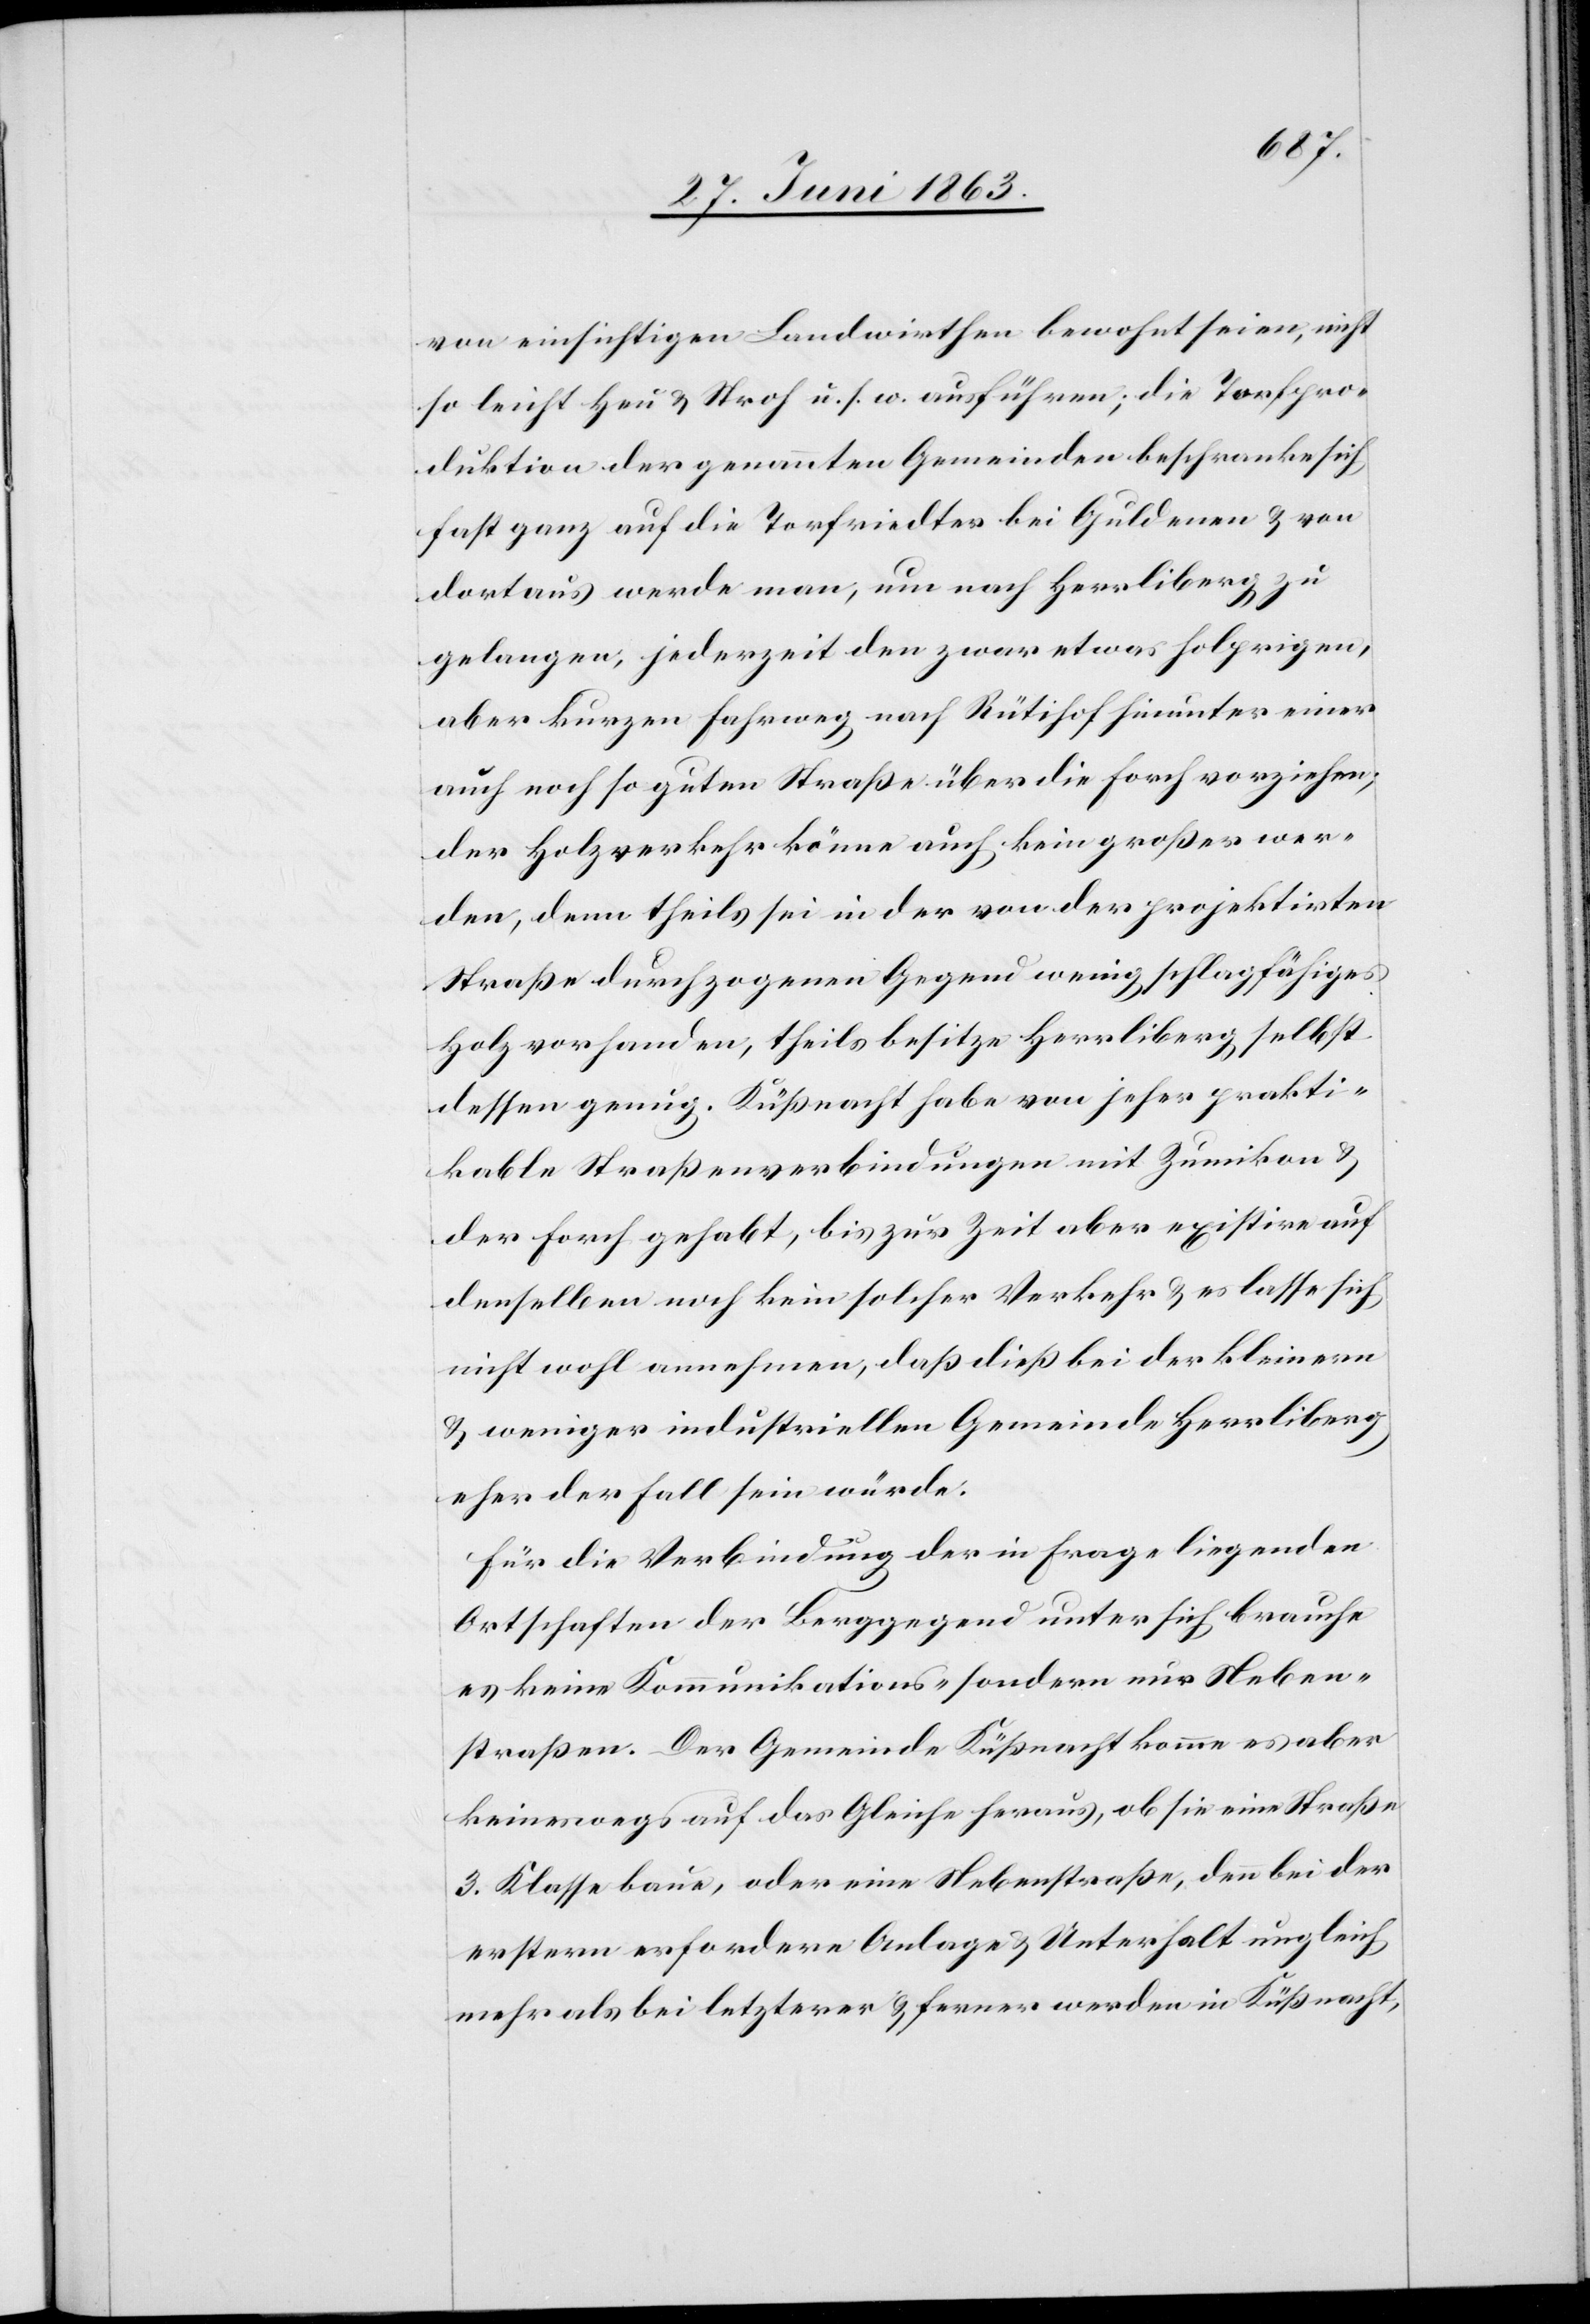
von einsichtigen Landwirthen bewohnt seien, nicht
so leicht Heu & Stroh u. s. w. ausführen; die Torfpro¬
duktion der genannten Gemeinden beschranke [sic!]
fast ganz auf die Torfriedter bei Guldenen & von
dortaus werde man, um nach Herrliberg zu
gelangen, jederzeit den zwar etwas holprigen,
aber kurzen Fahrweg nach Rütihof hinunter einer
auch noch so guten Straße über die Forch vorziehen;
der Holzverkehr könne auch kein großer wer¬
den, denn theils sei in der von der projektirten
Straße durchzogenen Gegend wenig schlagfähiges
Holz vorhanden, theils besitze Herrliberg selbst
dessen genug. Küßnacht habe von jeher prakti¬
kable Straßenverbindungen mit Zumikon &
der Forch gehabt, bis zur Zeit aber existire auf
denselben noch kein solcher Verkehr & es lasse sich
nicht wohl annehmen, daß dieß bei der kleinern
& weniger industriellen Gemeinde Herrliberg
eher der Fall sein würde.
Für die Verbindung der in Frage liegenden
Ortschaften der Berggegend unter sich brauche
es keine Kommunikations- sondern nur Neben¬
straßen. Der Gemeinde Küßnacht komme es aber
keineswegs auf das Gleiche heraus, ob sie eine Straße
3. Klasse baue, oder eine Nebenstraße, denn bei der
erstern erfordere Anlage & Unterhalt ungleich
mehr als bei letzterer & ferner werden in Küßnacht,